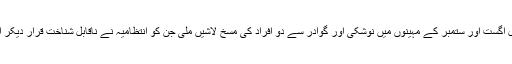
اسی طرح رواں سال اگست اور ستمبر کے مہینوں میں نوشکی اور گوادر سے دو افراد کی مسخ لاشیں ملی جن کو انتظامیہ نے ناقابل شناخت قرار دیکر اسی مقام پر دفنا دیا۔